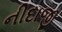
નીદાજી